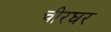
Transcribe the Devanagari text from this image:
चीरघर